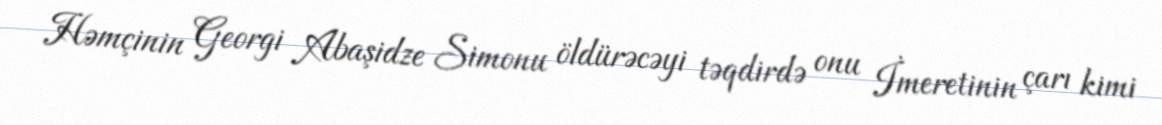
Həmçinin Georgi Abaşidze Simonu öldürəcəyi təqdirdə onu İmeretinin çarı kimi